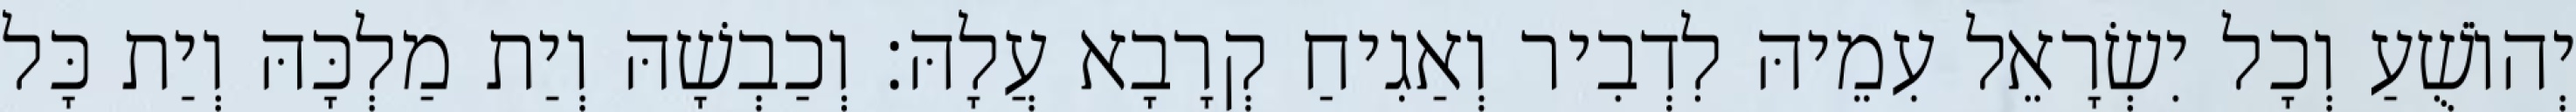
יְהוֹשֻׁעַ וְכָל יִשְׂרָאֵל עִמֵיהּ לִדְבִיר וְאַגִיחַ קְרָבָא עֲלָהּ׃ וְכַבְשָׁהּ וְיַת מַלְכָּהּ וְיַת כָּל